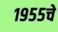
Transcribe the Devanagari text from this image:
१९५५चे